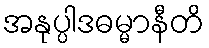
အနုပ္ပါဒဓမ္မာနီတိ